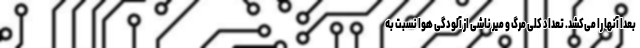
بعدا آنها را می‌کشد. تعداد کلی مرگ و میر ناشی از آلودگی هوا نسبت به